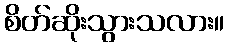
စိတ်ဆိုးသွားသလား။